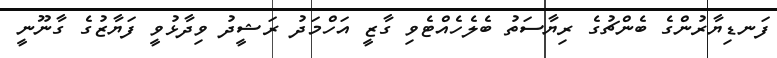
ފަނޑިޔާރުންގެ ބެންޗުގެ ރިޔާސަތު ބެލެހެއްޓެވި ގާޒީ އަހްމަދު ރަޝީދު ވިދާޅުވީ ފަޔާޒުގެ ގާނޫނީ